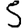
Digit: 5